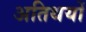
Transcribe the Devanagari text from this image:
अतिथयों